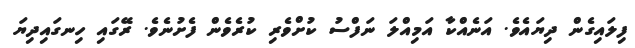
ފިލައިގެން ދިޔައެވެ. އަނެއްކާ އަމިއްލަ ނަފްސު ކުށްވެރި ކުރެވެން ފެށުނެވެ. ރޭގައި ހިނގައިދިޔަ